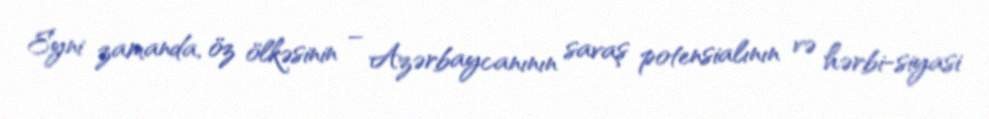
Eyni zamanda, öz ölkəsinin – Azərbaycanının savaş potensialının və hərbi-siyasi